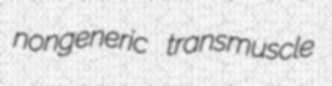
nongeneric transmuscle